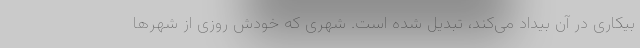
بیکاری در آن بیداد می‌کند، تبدیل شده است. شهری که خودش روزی از شهرها